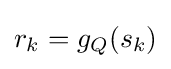
r_{k}=g_{Q}(s_{k})